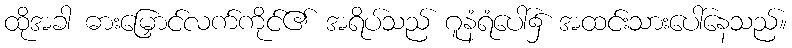
ထိုအခါ ဓားမြှောင်လက်ကိုင်၏ အရိပ်သည် ဂူနံရံပေါ်၌ အထင်းသားပေါ်နေသည်။